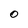
Character: O